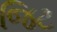
જિટ